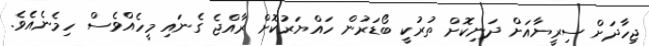
ޖިހާދަށް ސިރީޔާއަށް ދަނިކޮށް ތުރުކީ ބޯޑަރުން ހައްޔަރުކޮށް ރާއްޖެ ގެނައި މީހެއްވެސް ހިމެނެއެވެ.